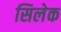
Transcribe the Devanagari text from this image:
सिलेक